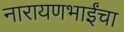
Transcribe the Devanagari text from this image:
नारायणभाईंचा